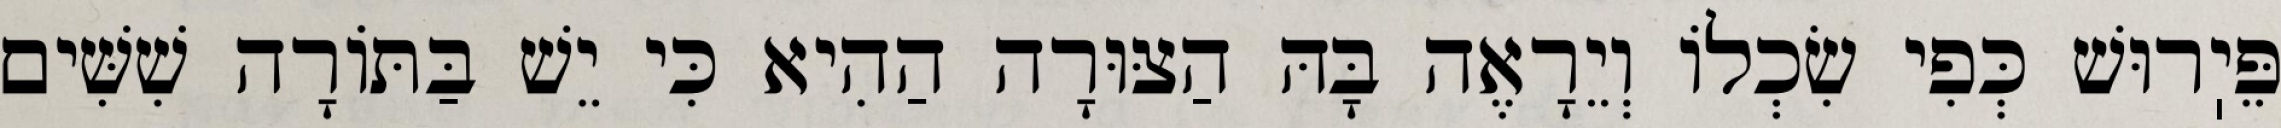
פֵּיֽרוּשׁ כְּפִי שִׂכְלוֹ וְיֵרָאֶה בָּהּ הַצּוּרָה הַהִיא כִּי יֵשׁ בַּתּוֹרָה שִׁשִּׁים